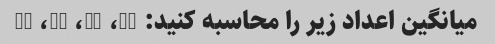
میانگین اعداد زیر را محاسبه کنید: 14، 17، 21، 25